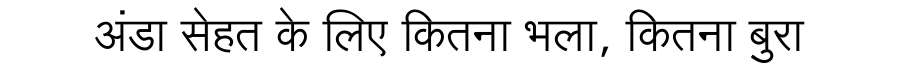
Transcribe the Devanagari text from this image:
अंडा सेहत के लिए कितना भला, कितना बुरा